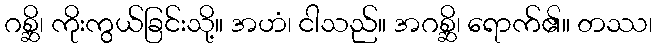
ဂစ္ဆိ၊ ကိုးကွယ်ခြင်းသို့။ အဟံ၊ ငါသည်။ အဂစ္ဆိ၊ ရောက်၏။ တဿ၊